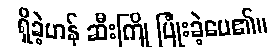
ရှိခဲ့ဟန် ဆီးကြို ပြုံးခဲ့ပေ၏။